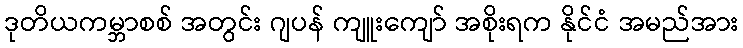
ဒုတိယကမ္ဘာစစ် အတွင်း ဂျပန် ကျူးကျော် အစိုးရက နိုင်ငံ အမည်အား